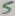
Text: 5